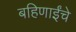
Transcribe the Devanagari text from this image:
बहिणाईंचे